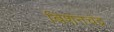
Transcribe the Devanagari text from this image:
बिशनचंद्र